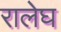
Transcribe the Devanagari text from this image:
रालेघ